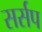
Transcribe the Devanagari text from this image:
सर्सप